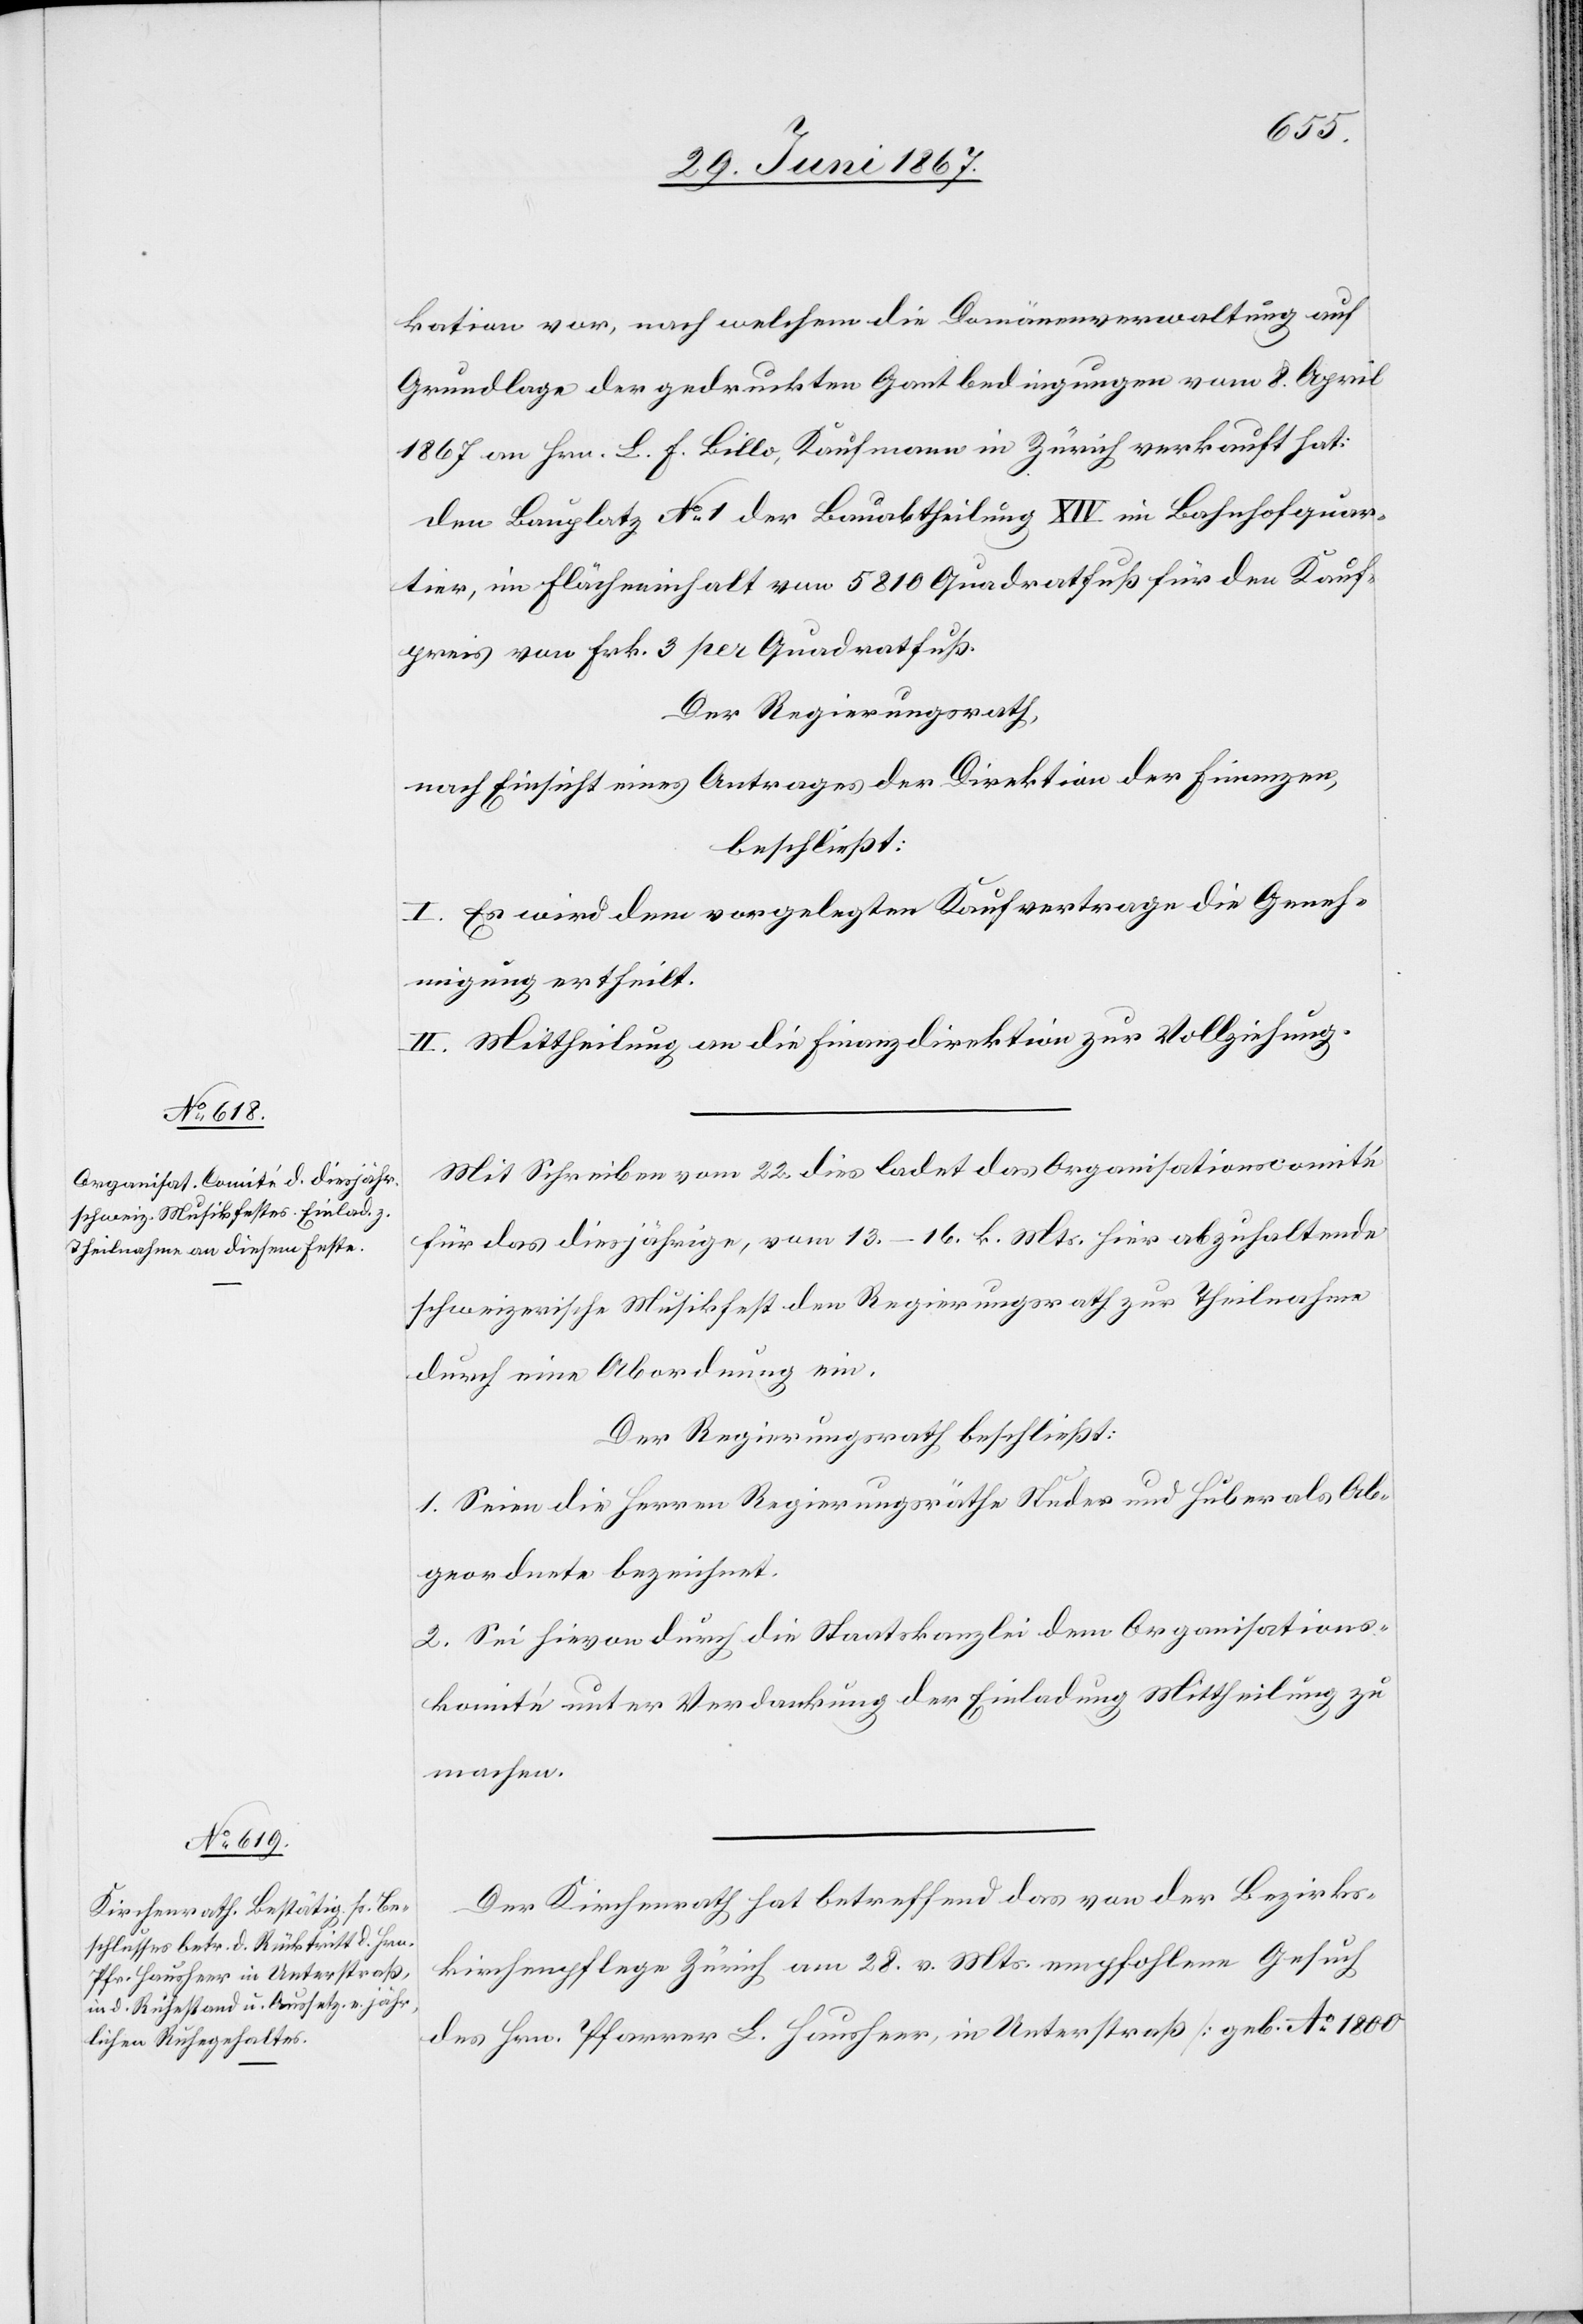
kation vor, nach welchem die Domänenverwaltung auf
Grundlage der gedruckten Gantbedingungen vom 8. April
1867 an Hrn. L. F. Billo, Kaufmann in Zürich verkauft hat:
den Bauplatz No. 1 der Bauabtheilung XIV. im Bahnhofquar¬
tier, im Flächeninhalt von 5810 Quadratfuß für den Kauf¬
preis von Frk. 3 per Quadratfuß.
Der Regierungsrath,
nach Einsicht eines Antrages der Direktion der Finanzen,
beschließt:
I. Es wird dem vorgelegten Kaufvertrage die Geneh¬
migung ertheilt.
II. Mittheilung an die Finanzdirektion zur Vollziehung.
Mit Schreiben vom 22. dies ladet das Organisationscomité
für das diesjährige, vom 13.–16. k. Mts. hier abzuhaltende
schweizerische Musikfest den Regierungsrath zur Theilnahme
durch eine Abordnung ein.
Der Regierungsrath beschließt:
1. Seien die Herren Regierungsräthe Studer und Huber als Ab¬
geordnete bezeichnet.
2. Sei hievon druch die Staatskanzlei dem Organisations¬
komité unter Verdankung der Einladung Mittheilung zu
machen.
Der Kirchenrath hat betreffend das von der Bezirks¬
kirchenpflege Zürich am 28. v. Mts. empfohlene Gesuch
des Hrn. Pfarrer L. Hausheer, in Unterstraß [geb. Ao. 1800